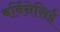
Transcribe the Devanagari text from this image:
बर्बिनेसिई